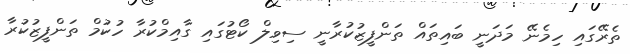
ތެރޭގައި ހިމެނޭ މަދަނީ ބައިތައް ތަންފީޒުކުރާނީ ސިވިލް ކޯޓުގައި ގާއިމްކުރާ ހުކުމް ތަންފީޒުކުރާ